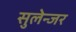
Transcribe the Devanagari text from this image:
सुलेन्जर